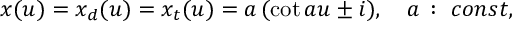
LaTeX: x ( u ) = x _ { d } ( u ) = x _ { t } ( u ) = a \, ( \cot a u \pm i ) , \quad a \, : \ c o n s t ,